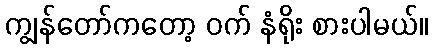
ကျွန်တော်ကတော့ ဝက် နံရိုး စားပါမယ်။